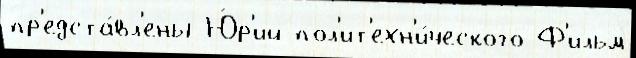
пр'едста́вл'ены Ю́р'ий пол'ит'ехн'и́ческого Ф'ильм